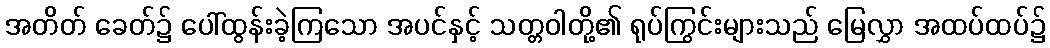
အတိတ် ခေတ်၌ ပေါ်ထွန်းခဲ့ကြသော အပင်နှင့် သတ္တဝါတို့၏ ရုပ်ကြွင်းများသည် မြေလွှာ အထပ်ထပ်၌